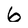
Character: 6